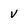
Character: V